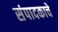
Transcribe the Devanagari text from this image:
संपादकाचे